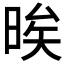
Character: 𱢈